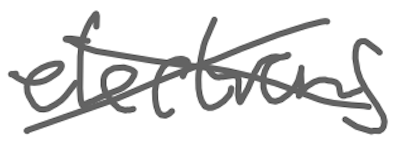
Text: elections
Cross-out: cross
Writing tool: digital_gray